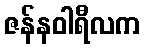
ဇန်နဝါရီလက